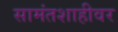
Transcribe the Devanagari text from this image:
सामंतशाहीवर